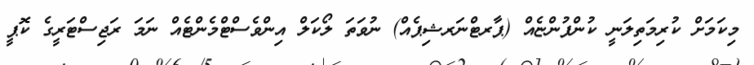
މިކަމަށް ކުރިމަތިލަނީ ކުންފުންޏެއް (ޕާރޓްނަރޝިޕެއް) ނުވަތަ ލޯކަލް އިންވެސްޓްމެންޓެއް ނަމަ ރަޖިސްޓަރީގެ ކޮޕީ